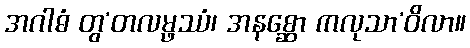
အဂါဓံ တွ’တလမ္ဖဿံ၊ အနစ္ဆော ကလုသာ’ဝိလာ။